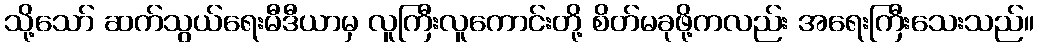
သို့သော် ဆက်သွယ်ရေးမီဒီယာမှ လူကြီးလူကောင်းတို့ စိတ်မခုဖို့ကလည်း အရေးကြီးသေးသည်။